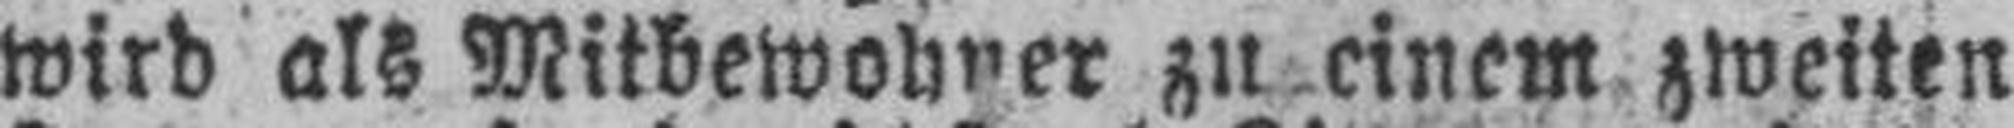
wird als Mitbewohner zu einem zweiten